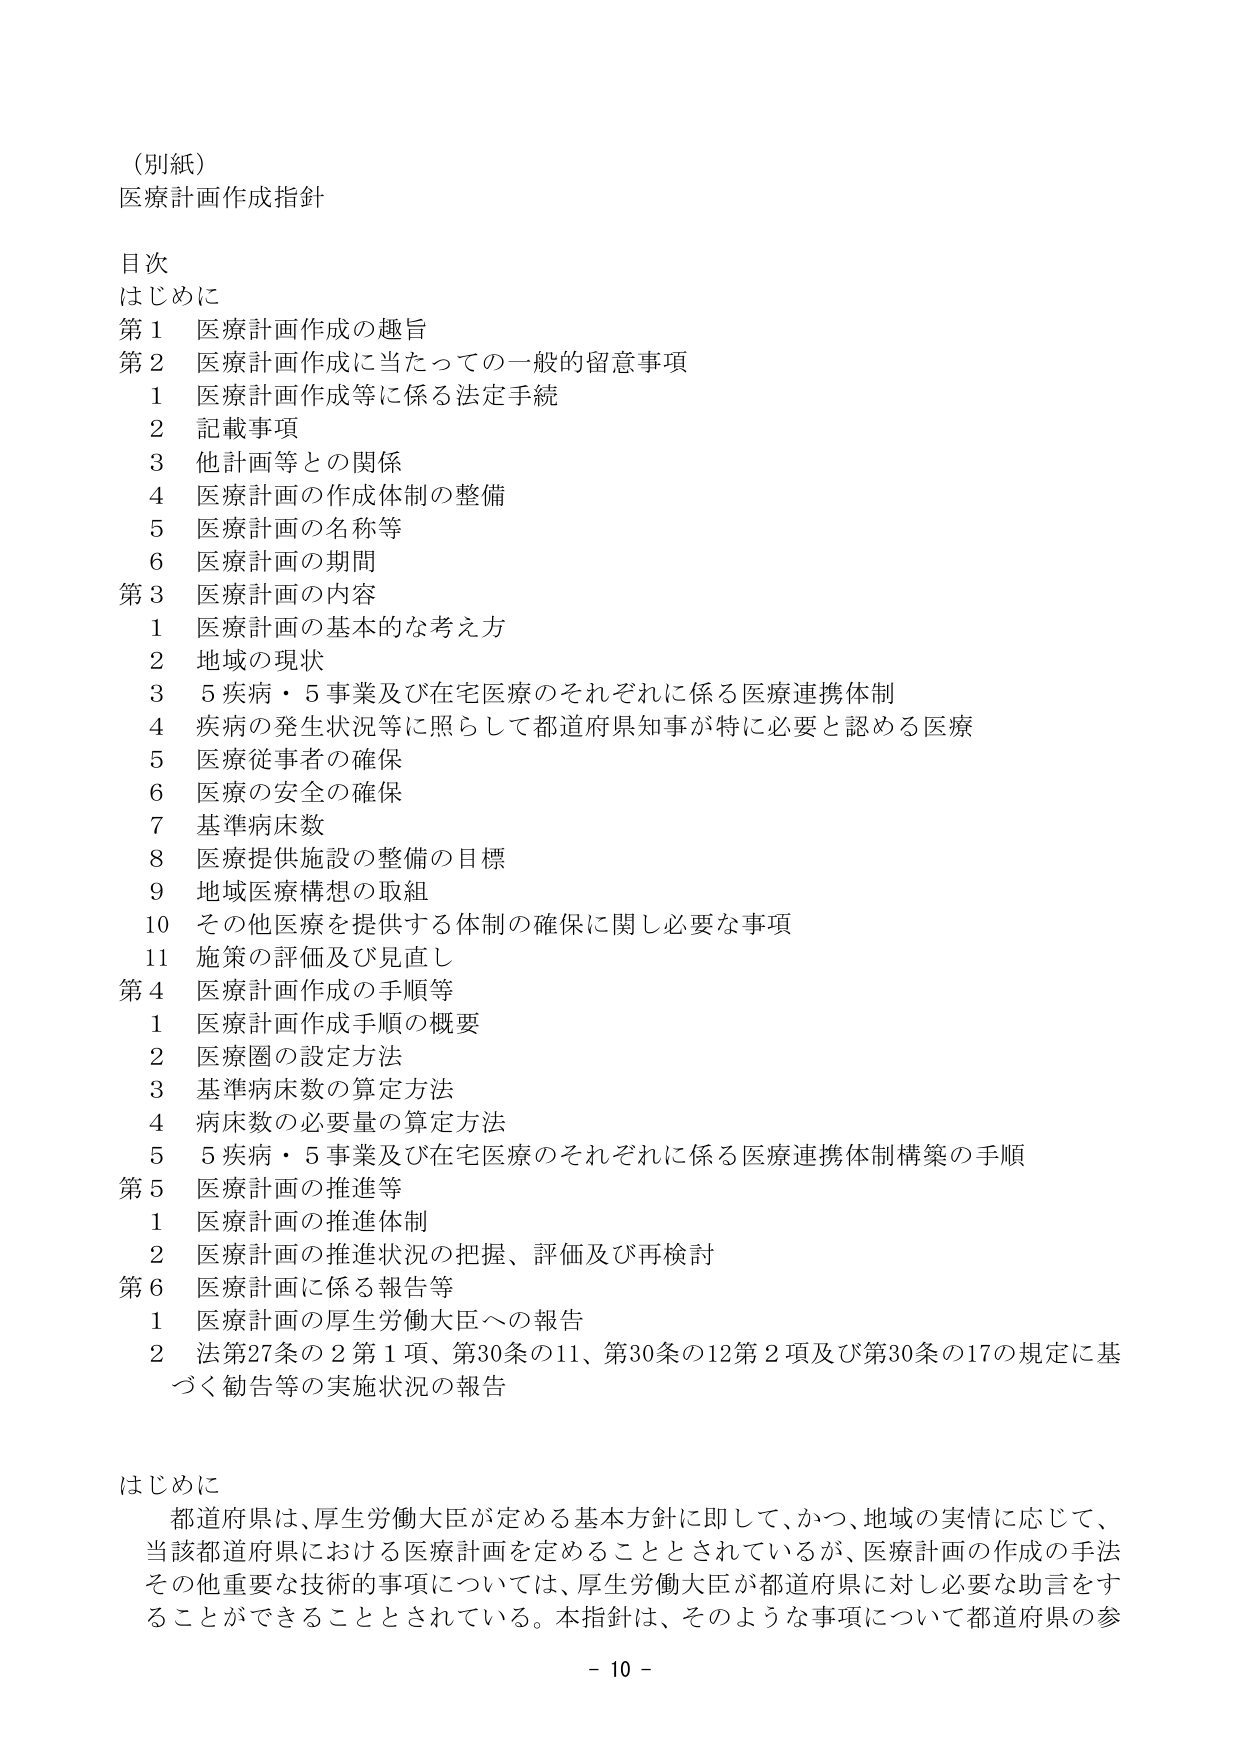
（別紙）
医療計画作成指針

目次
はじめに
第1 医療計画作成の趣旨
第2 医療計画作成に当たっての一般的留意事項
　1 医療計画作成等に係る法定手続
　2 記載事項
　3 他計画等との関係
　4 医療計画の作成体制の整備
　5 医療計画の名称等
　6 医療計画の期間
第3 医療計画の内容
　1 医療計画の基本的な考え方
　2 地域の現状
　3 5疾病・5事業及び在宅医療のそれぞれに係る医療連携体制
　4 疾病の発生状況等に照らして都道府県知事が特に必要と認める医療
　5 医療従事者の確保
　6 医療の安全の確保
　7 基準病床数
　8 医療提供施設の整備の目標
　9 地域医療構想の取組
　10 その他医療を提供する体制の確保に関し必要な事項
　11 施策の評価及び見直し
第4 医療計画作成の手順等
　1 医療計画作成手順の概要
　2 医療圏の設定方法
　3 基準病床数の算定方法
　4 病床数の必要量の算定方法
　5 5疾病・5事業及び在宅医療のそれぞれに係る医療連携体制構築の手順
第5 医療計画の推進等
　1 医療計画の推進体制
　2 医療計画の推進状況の把握、評価及び再検討
第6 医療計画に係る報告等
　1 医療計画の厚生労働大臣への報告
　2 法第27条の2第1項、第30条の11、第30条の12第2項及び第30条の17の規定に基づく勧告等の実施状況の報告

はじめに
　都道府県は、厚生労働大臣が定める基本方針に即して、かつ、地域の実情に応じて、当該都道府県における医療計画を定めることとされているが、医療計画の作成の手法その他重要な技術的事項については、厚生労働大臣が都道府県に対し必要な助言をすることができることとされている。本指針は、そのような事項について都道府県の参

－ 10 －